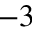
^ { - 3 }